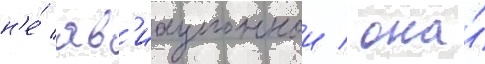
н'е́ ав'иационнои / она́